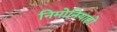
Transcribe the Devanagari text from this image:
निमोनियाहो